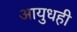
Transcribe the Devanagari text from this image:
आयुधही